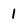
Character: 1